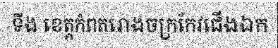
ទីង ខេត្តកំពតរោងចក្រកែវជើងឯក